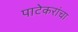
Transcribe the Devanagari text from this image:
पाटेकरांचा